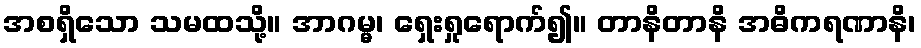
အစရှိသော သမထသို့။ အာဂမ္မ၊ ရှေးရှုရောက်၍။ တာနိတာနိ အဓိကရဏာနိ၊